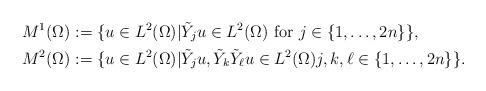
LaTeX: \begin{align*}M^{1}(\Omega)&:= \{u\in L^2(\Omega)| \tilde{Y}_ju \in L^2(\Omega) \mbox{ for } j\in \{1,\dots,2n\}\},\\M^{2}(\Omega)&:= \{u\in L^2(\Omega)|\tilde{Y}_ju, \tilde{Y}_{k}\tilde{Y}_\ell u\in L^2(\Omega) j,k,\ell\in \{1,\ldots, 2n\}\}.\end{align*}